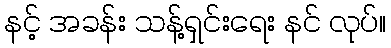
နင့် အခန်း သန့်ရှင်းရေး နင် လုပ်။